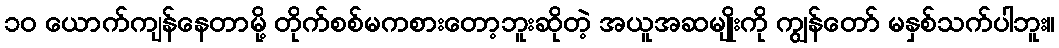
၁၀ ယောက်ကျန်နေတာမို့ တိုက်စစ်မကစားတော့ဘူးဆိုတဲ့ အယူအဆမျိုးကို ကျွန်တော် မနှစ်သက်ပါဘူး။